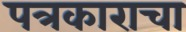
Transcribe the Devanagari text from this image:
पत्रकाराचा